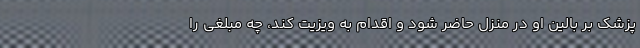
پزشک بر بالین او در منزل حاضر شود و اقدام به ویزیت کند، چه مبلغی را